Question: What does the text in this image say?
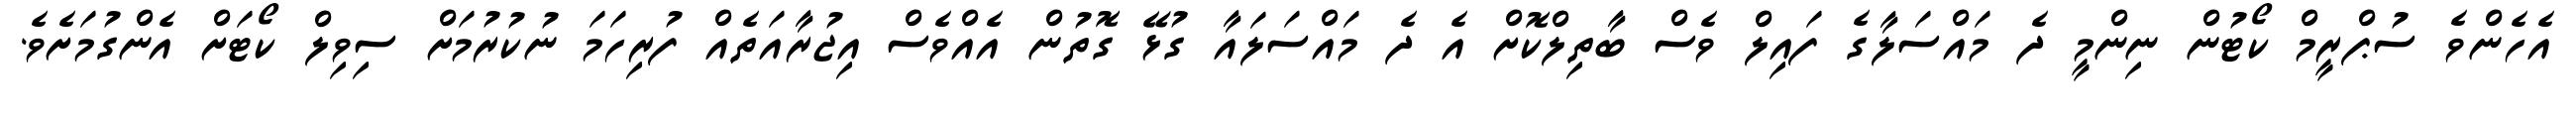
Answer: އެހެންވެ ސުޕްރީމް ކޯޓުން ނިންމީ ދެ މައްސަލާގެ ފައިލް ވެސް ބާތިލްކޮށް އެ ދެ މައްސަލައާ ގުޅޭ ގޮތުން އެއްވެސް އިޖުރާއަތެއް ފުރިހަމަ ނުކުރުމަށް ސިވިލް ކޯޓަށް އެންގުމަށެވެ.